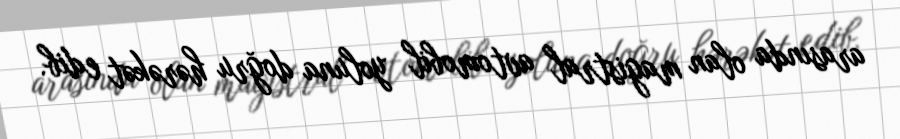
arasında olan magistral avtomobil yoluna doğru hərəkət edib.